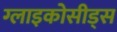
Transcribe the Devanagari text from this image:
ग्लाइकोसीड्स